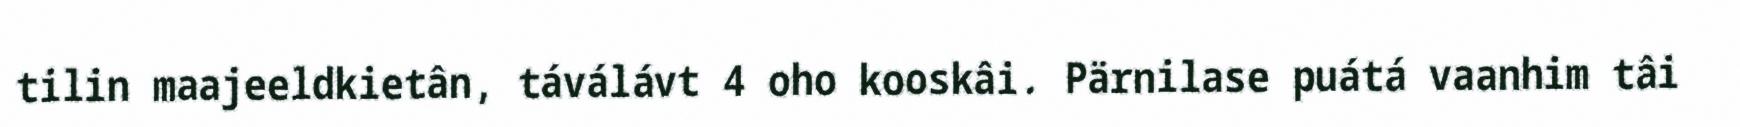
tilin maajeeldkietân, táválávt 4 oho kooskâi. Pärnilase puátá vaanhim tâi